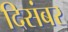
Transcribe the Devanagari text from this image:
दिसंबर